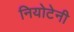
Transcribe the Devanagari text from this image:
नियोटेनी